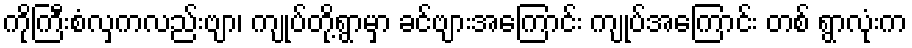
ကိုကြီးစံလှကလည်းဗျာ၊ ကျုပ်တို့ရွာမှာ ခင်ဗျားအကြောင်း ကျုပ်အကြောင်း တစ် ရွာလုံးက